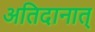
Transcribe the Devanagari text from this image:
अतिदानात्